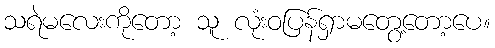
သရဲမလေးကိုတော့ သူ လုံးဝပြန်ရှာမတွေ့တော့ပေ။